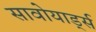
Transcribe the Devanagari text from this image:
सावोयार्ड्स